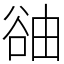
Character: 䜬